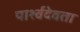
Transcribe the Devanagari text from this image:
पार्श्वदेवता